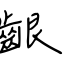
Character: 齦